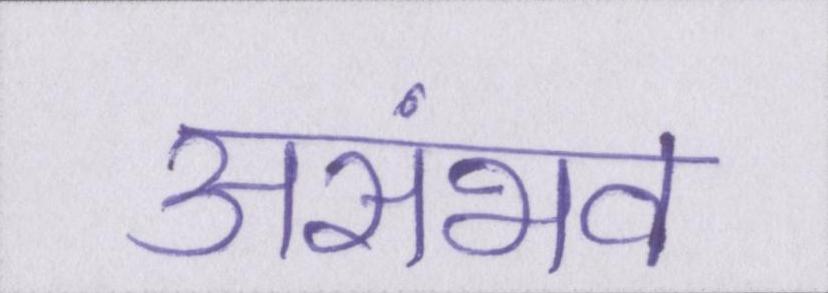
असंभव